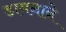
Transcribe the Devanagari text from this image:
डायनाने